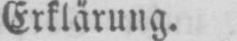
Erklärung.